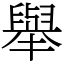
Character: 舉